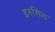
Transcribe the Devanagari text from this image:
इरुसिल